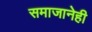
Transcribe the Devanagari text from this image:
समाजानेही